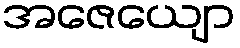
အဇေယျော